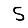
Digit: 5